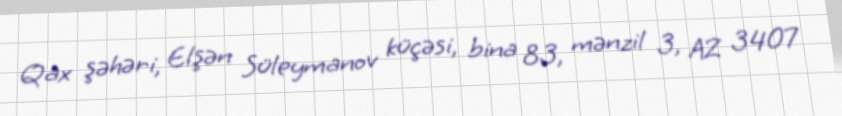
Qax şəhəri, Elşən Süleymanov küçəsi, bina 83, mənzil 3, AZ 3407